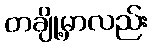
တချို့မှာလည်း